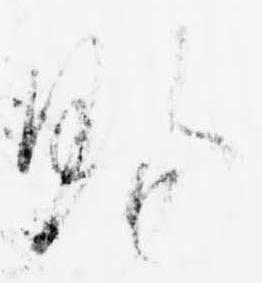
賜